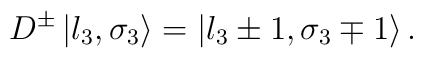
D^{\pm }\left| l_{3},\sigma _{3}\right\rangle =\left| l_{3}\pm 1,\sigma_{3}\mp 1\right\rangle .